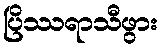
ပြိဿရာသီဖွား